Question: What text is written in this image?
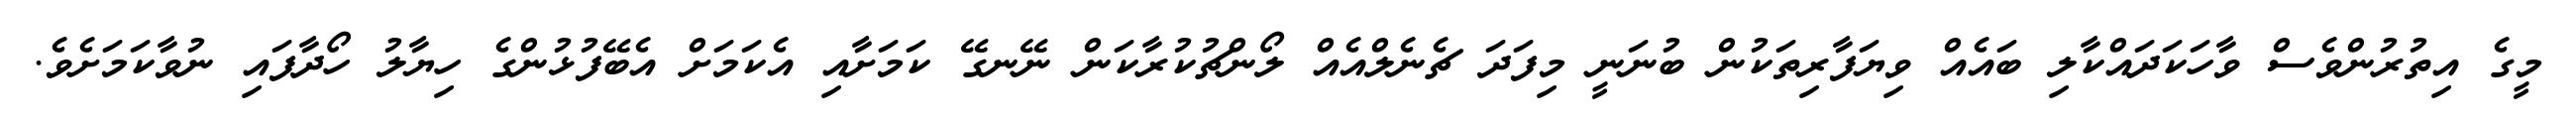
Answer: މީގެ އިތުރުންވެސް ވާހަކަދައްކާލި ބައެއް ވިޔަފާރިތަކުން ބުނަނީ މިފަދަ ޗެނެލްއެއް ލޯންޗުކުރާކަން ނޭނގޭ ކަމަށާއި އެކަމަށް އެބޭފުޅުންގެ ހިޔާލު ހޯދާފައި ނުވާކަމަށެވެ.